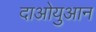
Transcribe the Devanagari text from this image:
दाओयुआन